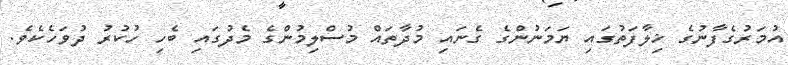
އުމަރުގެފާނުގެ ޚިލާފަތުގައި ޔަމަނުންގެ ގެނައި މުދާތައް މުސްލިމުންގެ މެދުގައި ބެހި ހުކުރު ދުވަހެކެވެ.